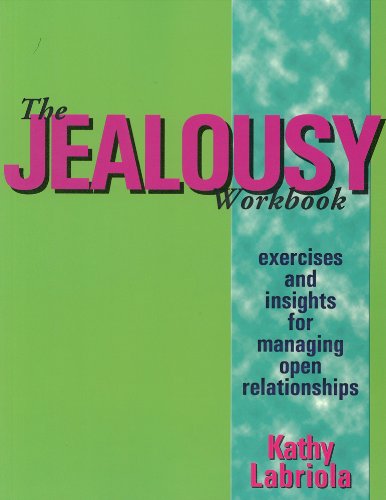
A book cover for The Jealousy Workbook: Exercises and Insights for Managing Open Relationships; Kathy Labriola; Politics & Social Sciences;